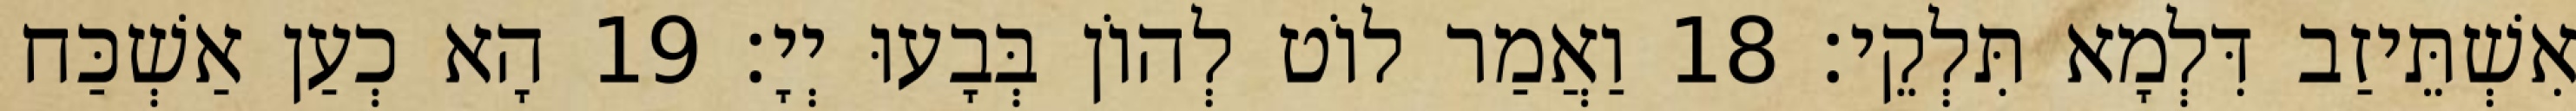
אִשְׁתֵּיזַב דִּלְמָא תִּלְקֵי׃ 18 וַאֲמַר לוֹט לְהוֹן בְּבָעוּ יְיָ׃ 19 הָא כְעַן אַשְׁכַּח